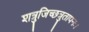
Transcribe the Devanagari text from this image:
शत्रुजिच्छत्रुतापनः।